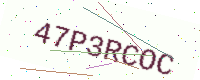
Text: 47P3RCOC